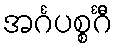
အင်္ဂပစ္စင်္ဂီ